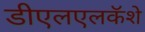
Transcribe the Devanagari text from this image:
डीएलएलकॅशे